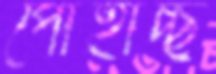
পোহাচ্ছ